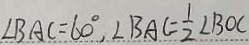
\angle B A C = 6 0 ^ { \circ } , \angle B A C = \frac { 1 } { 2 } \angle B O C